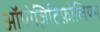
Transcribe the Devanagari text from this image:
ऑपोज़िटिफ़ोलियम